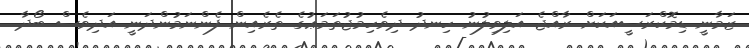
ޒަމާނީ ޑިމޮކްރަސީއަކަށް ރާއްޖެ އަލިވިލުނު ހިނދު ދިވެހިމުޖުތަމަޢުގެ ތެރެއިން ފެންނަމުންދަނީ އަދިވެސް ބޯދާ